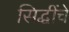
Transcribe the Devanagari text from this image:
सिद्धींचे